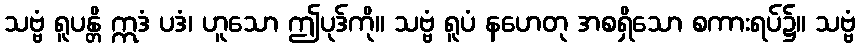
သဗ္ဗံ ရူပန္တိ ဣဒံ ပဒံ၊ ဟူသော ဤပုဒ်ကို။ သဗ္ဗံ ရူပံ နဟေတု အစရှိသော စကားရပ်၌။ သဗ္ဗံ